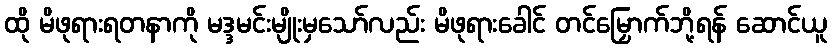
ထို မိဖုရားရတနာကို မဒ္ဒမင်းမျိုးမှသော်လည်း မိဖုရားခေါင် တင်မြှောက်ဘို့ရန် ဆောင်ယူ